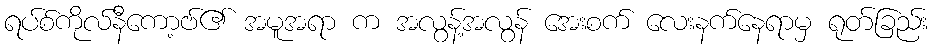
ရပ်စ်ကိုလ်နီကော့ဗ်၏ အမူအရာ က အလွန့်အလွန် အေးစက် လေးနက်နေရာမှ ရုတ်ခြည်း